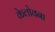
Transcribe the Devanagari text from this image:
केलोवना